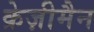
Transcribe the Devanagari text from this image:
क्रेज़ीमैन